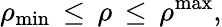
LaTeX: \rho_{\mathrm{min}}\, \leq\, \rho\, \leq\, \rho^{\mathrm{max}},